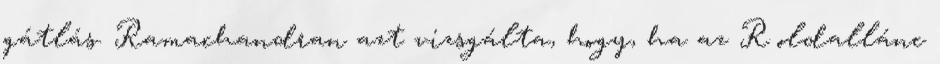
gátlás. Ramachandran azt vizsgálta, hogy, ha az R oldallánc